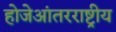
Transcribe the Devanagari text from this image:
होजेआंतरराष्ट्रीय